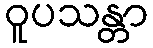
ဝူပသန္တာ